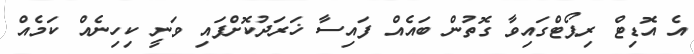
އެ އޮޑިޓް ރިޕޯޓްގައިވާ ގޮތުން ބައެއް ފައިސާ ޚަރަދުކޮށްފައި ވަނީ ކިހިނެއް ކަމެއް